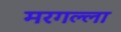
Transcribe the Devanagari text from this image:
मरगल्ला